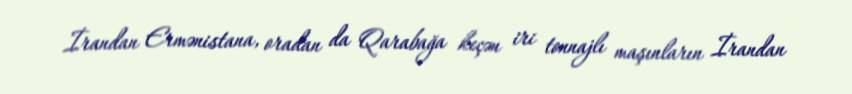
İrandan Ermənistana, oradan da Qarabağa keçən iri tonnajlı maşınların İrandan